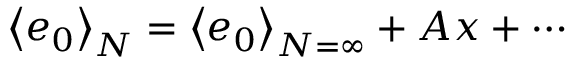
\left< e _ { 0 } \right> _ { N } = \left< e _ { 0 } \right> _ { N = \infty } + A x + \cdots